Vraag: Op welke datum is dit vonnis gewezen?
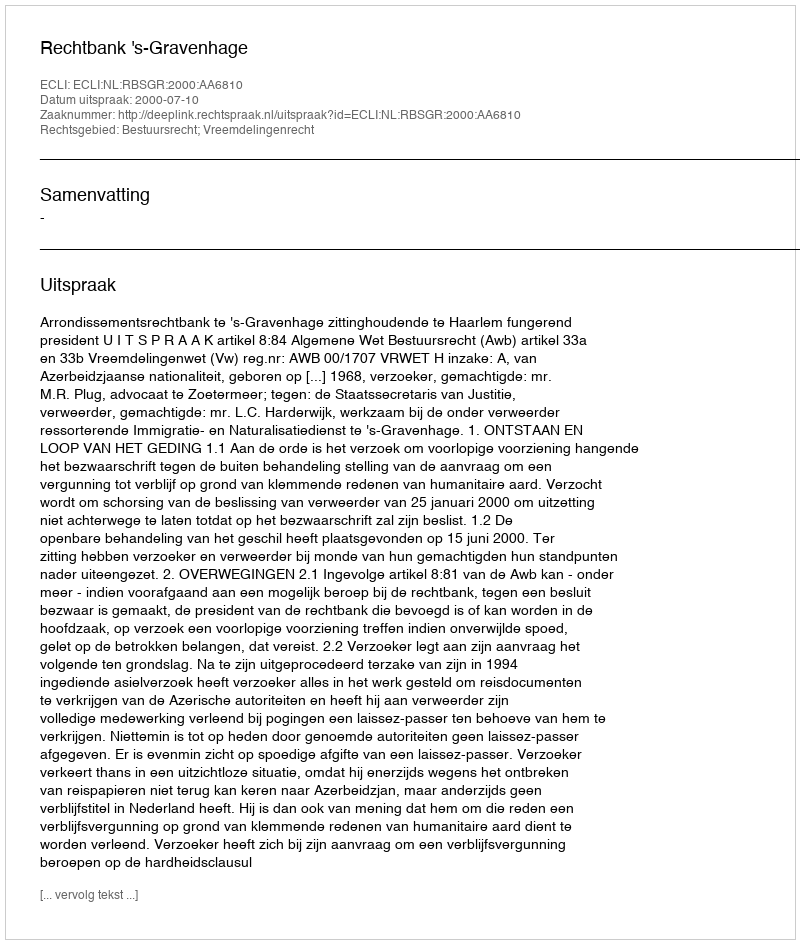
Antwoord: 2000-07-10